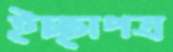
ইচ্ছাপত্র